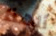
ألهذا